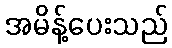
အမိန့်ပေးသည်